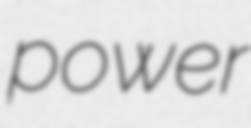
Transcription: power